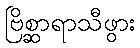
ဗြိစ္ဆာရာသီဖွား